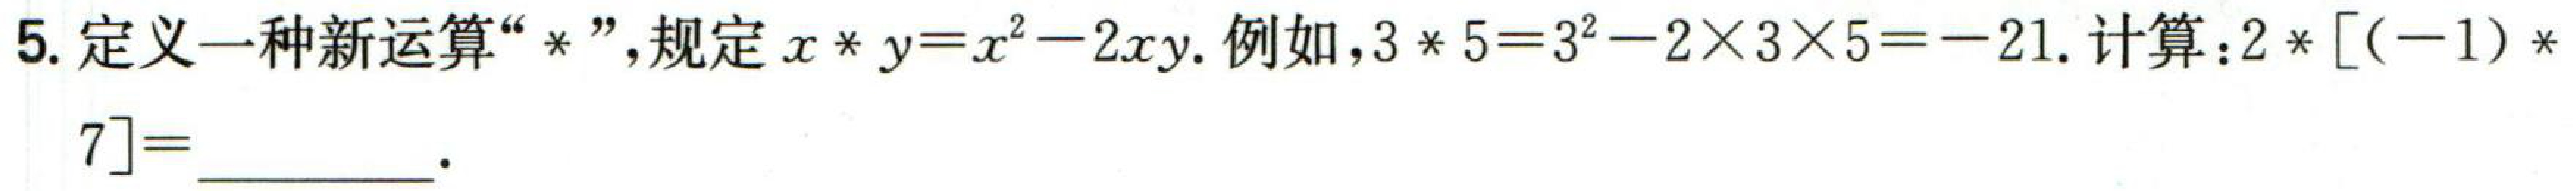
5. 定义一种新运算“\(*\)”，规定 \(x*y = x^{2}-2xy\). 例如，\(3*5 = 3^{2}-2\times3\times5=-21\). 计算：\(2*[(-1)*7]=\)  ．